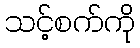
သင့်စက်ကို